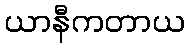
ယာနီကတာယ